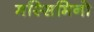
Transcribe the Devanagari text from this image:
मस्सिमिनो